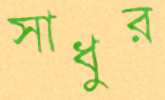
সাধুর